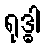
ရုဒ္ဓါ